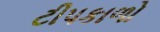
ટીપકાળો